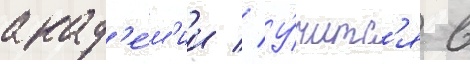
акад'е́м'ии // У́читс'я в